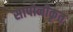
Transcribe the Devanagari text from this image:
सापोनीकृत